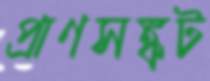
প্রাণসঙ্কট